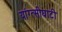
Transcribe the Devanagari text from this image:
यांग्त्सीघाटी